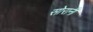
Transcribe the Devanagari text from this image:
सोरानी